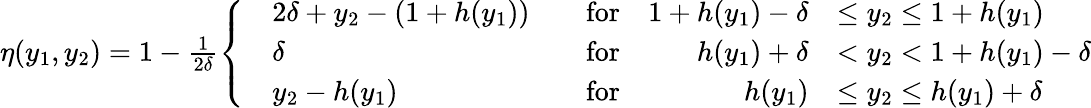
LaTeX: \begin{array}{r}{\eta(y_{1},y_{2})=1-\frac{1}{2\delta}\left\{ \begin{array}{ll}{\begin{array}{rlrlrl}&{2\delta+y_{2}-(1+h(y_{1}))}&&{\textnormal{for}}&{1+h(y_{1})-\delta}&{\leq y_{2}\leq 1+h(y_{1})}\\ &{\delta}&&{\textnormal{for}}&{h(y_{1})+\delta}&{<y_{2}<1+h(y_{1})-\delta}\\ &{y_{2}-h(y_{1})}&&{\textnormal{for}}&{h(y_{1})}&{\leq y_{2}\leq h(y_{1})+\delta}\end{array}}\end{array}\right.}\end{array}